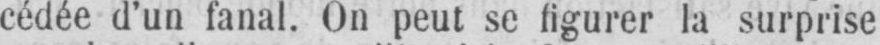
cédée d’un fanal. On peut se figurer la surprise